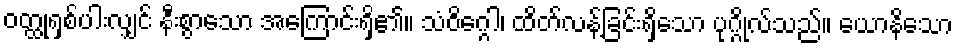
ဝတ္ထုရှစ်ပါးလျှင် နီးစွာသော အကြောင်းရှိ၏။ သံဝိဂ္ဂေါ၊ ထိတ်လန့်ခြင်းရှိသော ပုဂ္ဂိုလ်သည်။ ယောနိသော